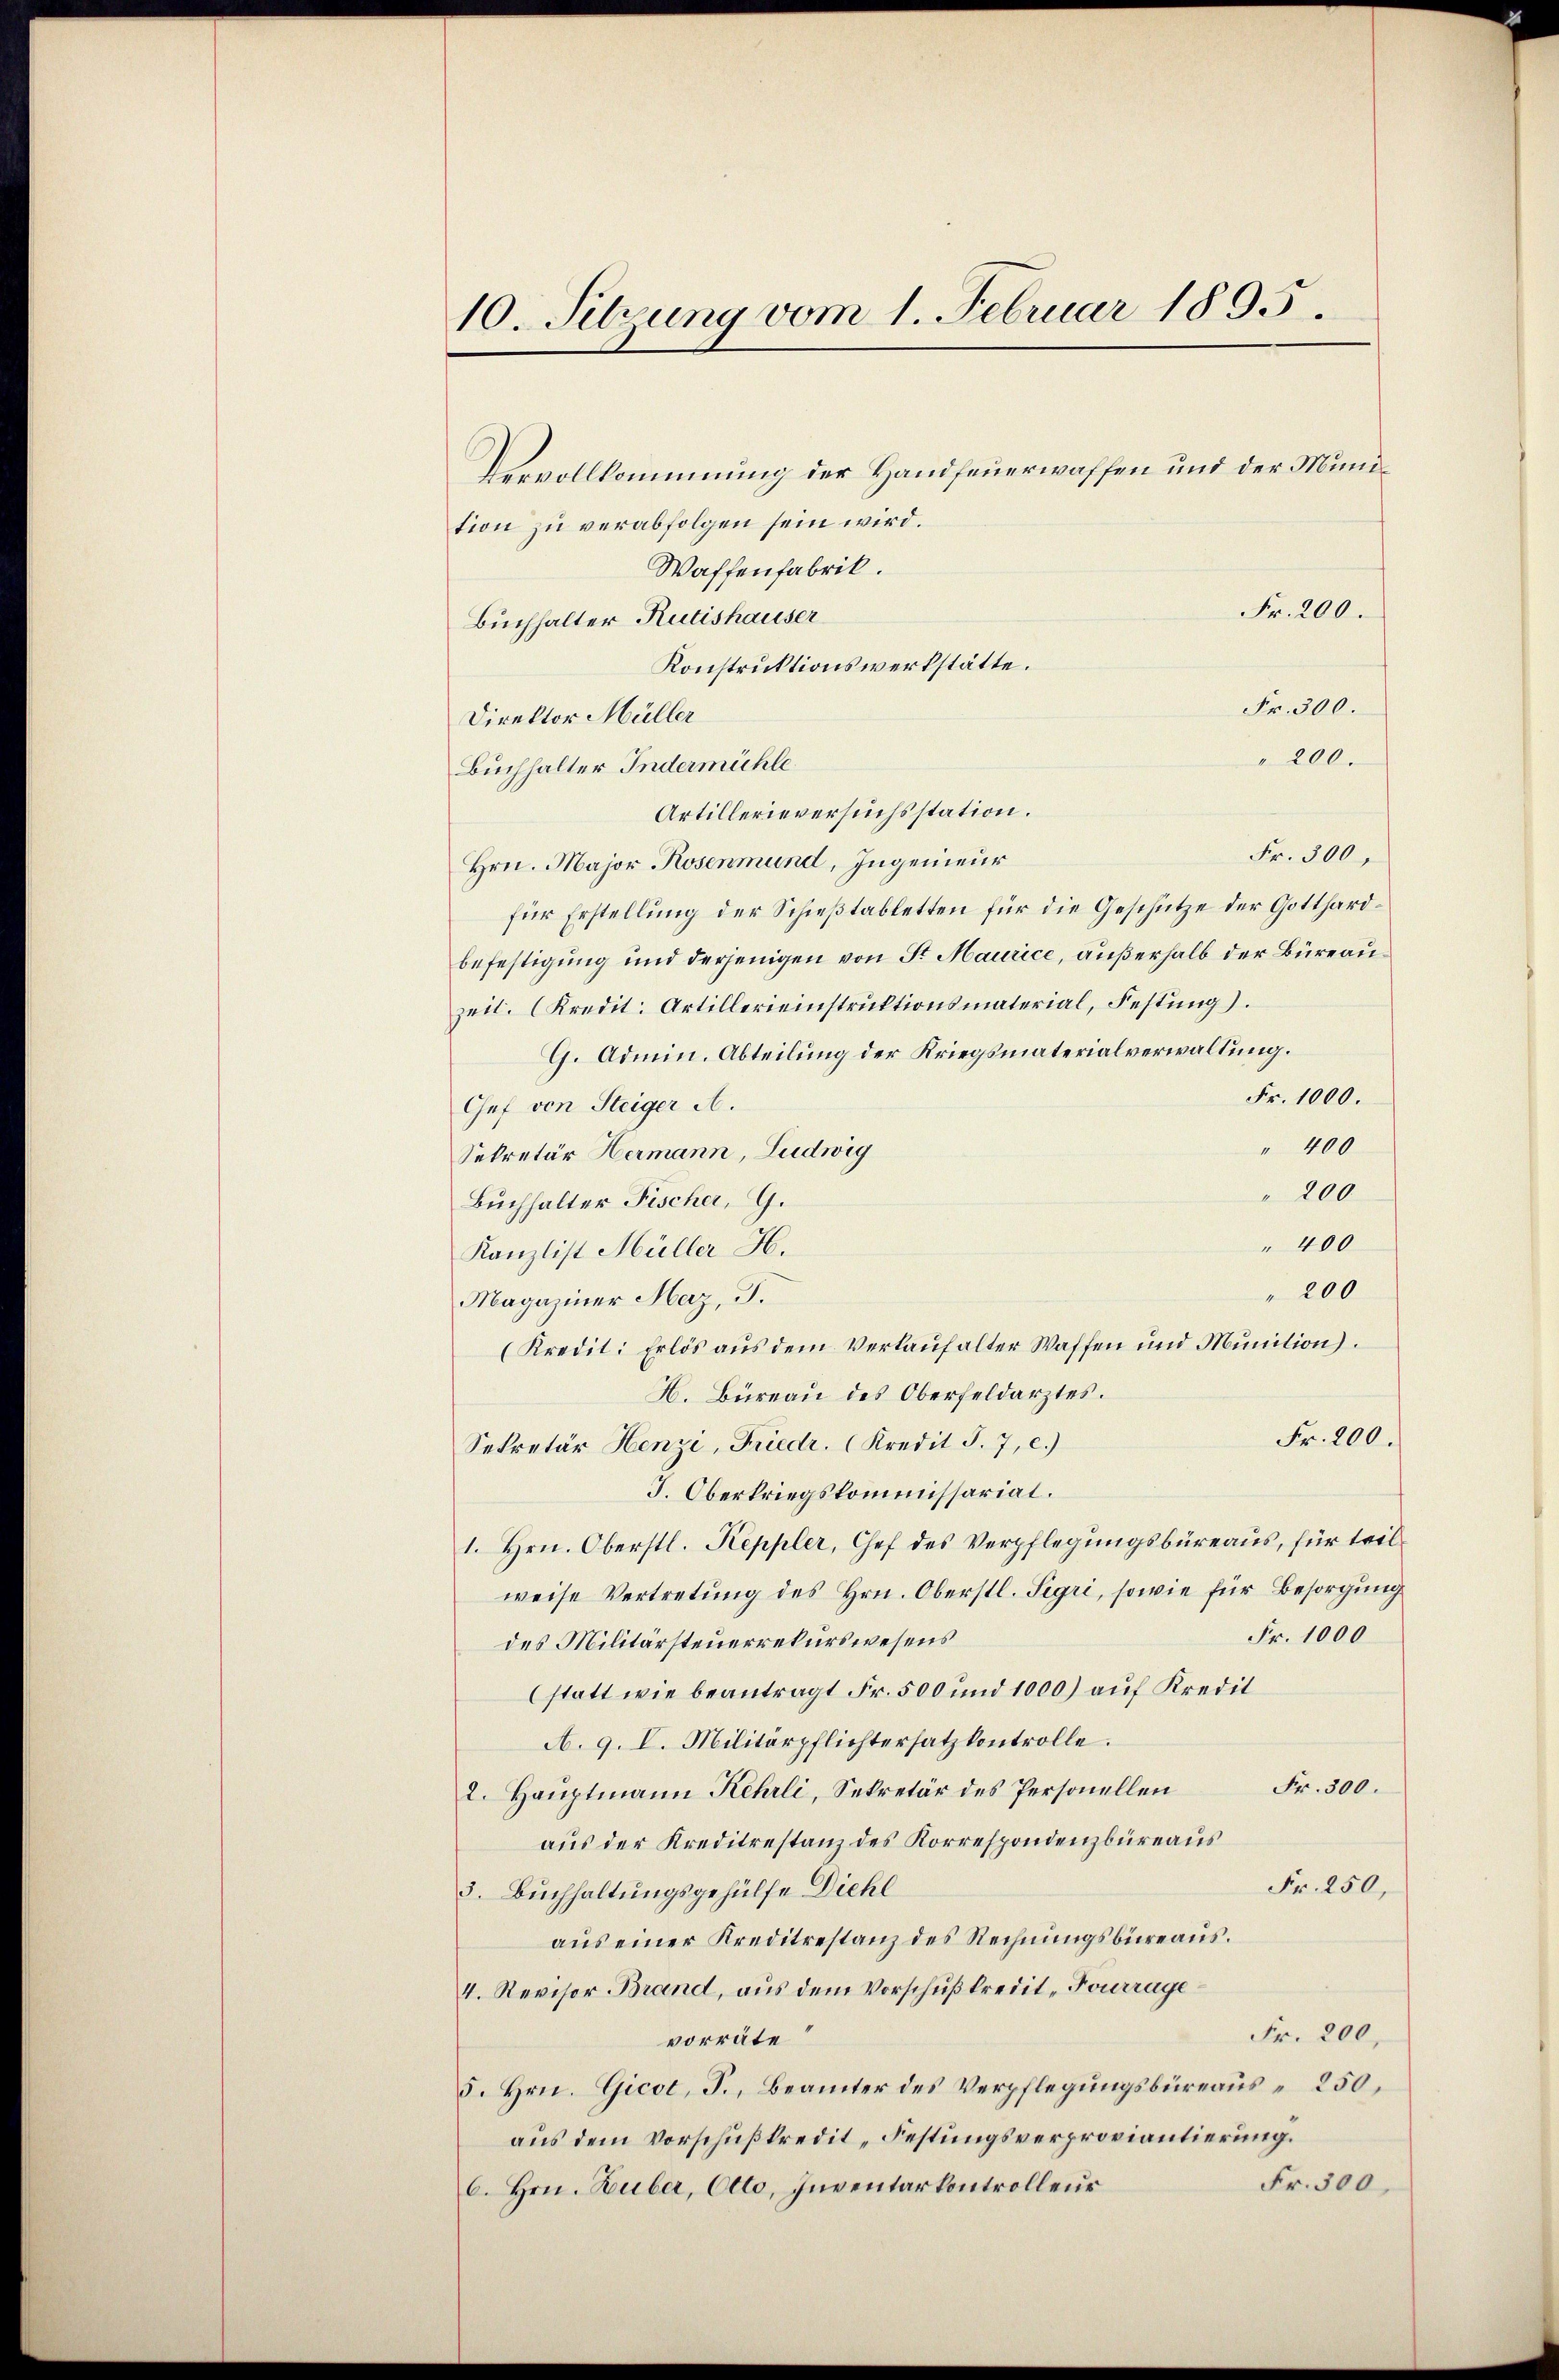
10. Sitzung vom 1. Februar 1895.

Vervollkommnung der Handfeuerwaffen und der Mundtion zu verabfolgen sein wird.
Waffenfabrik.
Fr. 200.
Buchhalter Rutishauser
Konstruktionswerkstätte.
Fr. 300.
Direktor Müller
" 200.
Buchhalter Indermühle
Artillerieversuchsstation.
Fr. 300,
Hrn. Major Rosenmund, Ingenieur
für Erstellung der Schießtabletten für die Geschütze der Gotthardbefestigung und derjenigen von St. Maurice, außerhalb der Büreau
zeit. (Kredit. Artillerieinstruktionsmaterial, Festung).
G. Admin. Abteilung der Kriegsmaterialverwaltung.
Fr. 1000.
Chef von Steiger A.
" 400
Sekretär Hermann, Ludwig
200
Buchhalter Fischer, G.
" 400
Kanzlist Müller H.
200
Magaziner Maz, T.
(Kredit: Erlös aus dem Verkauf alter Waffen und Munition).
H. Büreaŭ des Oberfeldarztes.
Fr. 200.
Sekretär Henzi, Friedr. (Kredit S. 7, c.)
J. Oberkriegskommissariat.
1. Hrn. Oberstl. Keppler, Chef des Verpflegungsbüreaus, für teilweise Vertretung des Hrn. Oberstl. Sigri, sowie für Besorgung
Fr. 1000
des Militärsteuerrekurswesens
(statt wie beantragt Fr. 500 und 1000) auf Kredit
A. 9. V. Militärpflichtersatz kontrolle.
Fr. 300.
2. Hauptmann Kehrli, Sekretär des Personellen
aus der Kreditrestanz des Korrespondenzbüreaus
Fr. 250,
3. Buchhaltungsgehülfe Diehl
aŭs einer Kreditestanz des Rechnŭngsbüreaŭs.
4. Revisor Brand, aus dem Vorschußkredit „Pourrage
Fr. 200,
vorräte
5. Hrn. Gicot, F., Beamter des Verpflegungsbüreaus 250.
aus dem Vorschußkredit „Festungsverproviantierung.
Fr. 300,
6. Hrn. Huber, Otto, Inventarkontrolleur